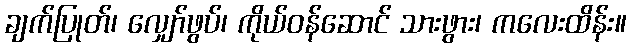
ချက်ပြုတ်၊ လျှော်ဖွပ်၊ ကိုယ်ဝန်ဆောင် သားဖွား၊ ကလေးထိန်း။